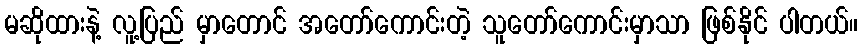
မဆိုထားနဲ့ လူ့ပြည် မှာတောင် အတော်ကောင်းတဲ့ သူတော်ကောင်းမှာသာ ဖြစ်နိုင် ပါတယ်။